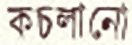
কচলানো